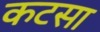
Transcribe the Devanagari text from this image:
कटसा